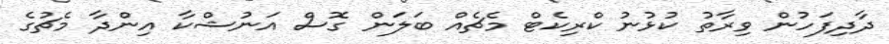
ދާދިފަހުން ވިރާތު ކުޅުނު ކްރިކެޓް މެޗެއް ބަލަން ގޮސް އަނުޝްކާ އިންދާ މެޗުގެ